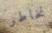
نخاطر